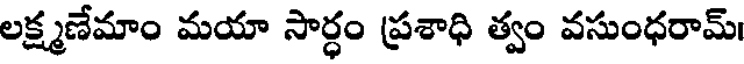
లక్ష్మణేమాం మయా సార్ధం ప్రశాధి త్వం వసుంధరామ్।